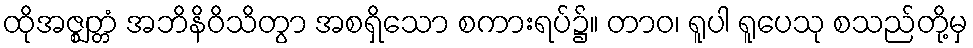
ထိုအဇ္ဈတ္တံ အဘိနိဝိသိတွာ အစရှိသော စကားရပ်၌။ တာဝ၊ ရူပါ ရူပေသု စသည်တို့မှ